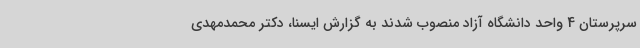
سرپرستان 4 واحد دانشگاه آزاد منصوب شدند به گزارش ایسنا، دکتر محمدمهدی